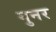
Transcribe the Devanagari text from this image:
गुनर